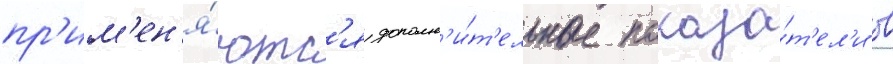
пр'им'ен'я́ютс'я дополн'и́т'ельные показа́т'ел'и в